Leaving Certificate Examination (including Day School Certificate (Higher) General paper), 1937
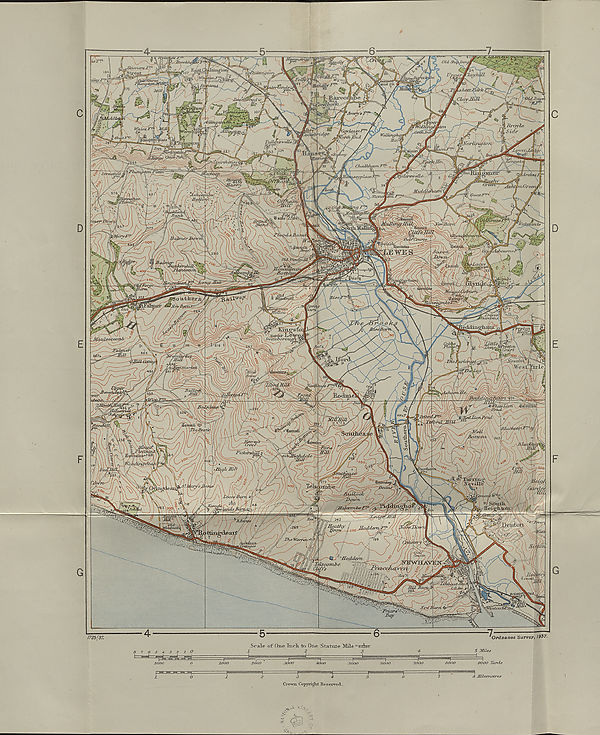
upii&rt/yiorv
uRcmfer MIUS STA.
Wood
WeUinght
Eoh
CknlbPliK
fl r aj£eUuul*
'joiimoJ* 0
toBow
mutlMI
us//os1^ons <
1725/37.
Scale of One Xncli to One Statute Mile = F3^r
2
3
Ordnance Survey, 1937.
5 Miles
9000 Hards
S Kilometre.
Cro-wu. Cojryidgiit Reserved.